Civil Veterinary Department Bengal reports 1923-33 - 1923-1933
Year: 1923
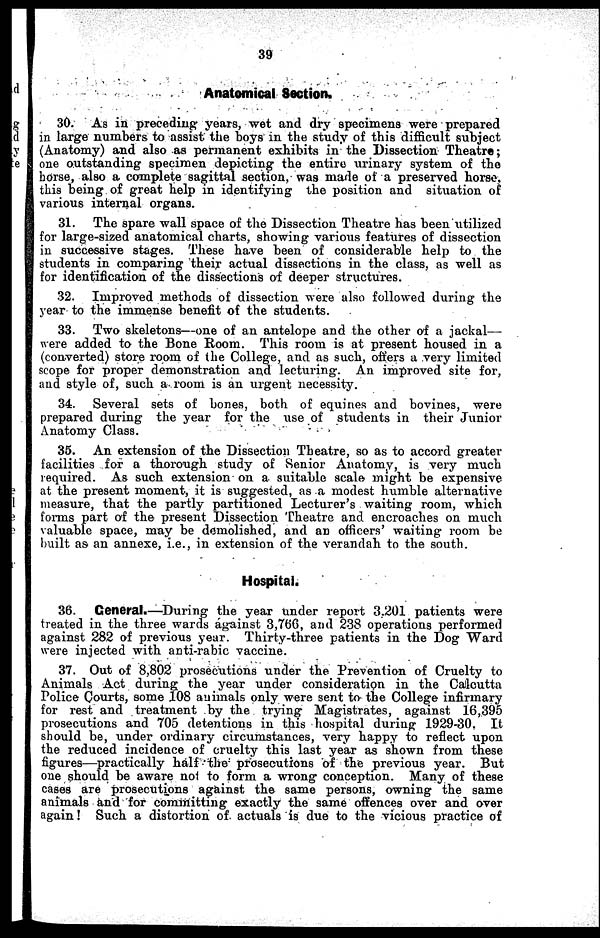
39
Anatomical Section.
30. As in preceding years, wet and dry specimens were prepared
in large numbers to assist the boys in the study of this difficult subject
(Anatomy) and also as permanent exhibits in the Dissection Theatre;
one outstanding specimen depicting the entire urinary system of the
horse, also a complete sagittal section, was made of a preserved horse,
this being of great help in identifying the position and situation of
various internal organs.
31. The spare wall space of the Dissection Theatre has been utilized
for large-sized anatomical charts, showing various features of dissection
in successive stages. These have been of considerable help to the
students in comparing their actual dissections in the class, as well as
for identification of the dissections of deeper structures.
32. Improved methods of dissection were also followed during the
year to the immense benefit of the students.
33. Two skeletons—one of an antelope and the other of a jackal—
were added to the Bone Room. This room is at present housed in a
(converted) store room of the College, and as such, offers a very limited
scope for proper demonstration and lecturing. An improved site for,
and style of, such a room is an urgent necessity.
34. Several sets of bones, both of equines and bovines, were
prepared during the year for the use of students in their Junior
Anatomy Class.
35. An extension of the Dissection Theatre, so as to accord greater
facilities for a thorough study of Senior Anatomy, is very much
required. As such extension on a suitable scale might be expensive
at the present moment, it is suggested, as a modest humble alternative
measure, that the partly partitioned Lecturer's waiting room, which
forms part of the present Dissection Theatre and encroaches on much
valuable space, may be demolished, and an officers' waiting room be
built as an annexe, i.e., in extension of the verandah to the south.
Hospital.
36. General.—During the year under report 3,201 patients were
treated in the three wards against 3,766, and 238 operations performed
against 282 of previous year. Thirty-three patients in the Dog Ward
were injected with anti-rabic vaccine.
37. Out of 8,802 prosecutions under the Prevention of Cruelty to
Animals Act during the year under consideration in the Calcutta
Police Courts, some 108 animals only were sent to the College infirmary
for rest and treatment by the trying Magistrates, against 16,395
prosecutions and 705 detentions in this hospital during 1929-30. It
should be, under ordinary circumstances, very happy to reflect upon
the reduced incidence of cruelty this last year as shown from these
figures—practically
half the prosecutions of the previous year. But
one should be aware not to form a wrong conception. Many of these
cases are prosecutions against the same persons, owning the same
animals and for committing exactly the same offences over and over
again! Such a distortion of actuals is due to the vicious practice of